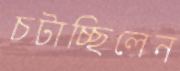
চটাচ্ছিলেন